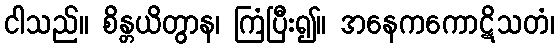
ငါသည်။ စိန္တယိတွာန၊ ကြံပြီး၍။ အနေကကောဋိသတံ၊